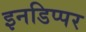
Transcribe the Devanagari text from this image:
इनडिप्पर